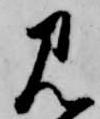
見